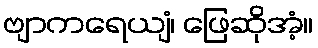
ဗျာကရေယျံ၊ ဖြေဆိုအံ့။